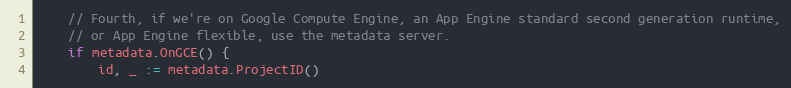
Language: Go
	// Fourth, if we're on Google Compute Engine, an App Engine standard second generation runtime,
	// or App Engine flexible, use the metadata server.
	if metadata.OnGCE() {
		id, _ := metadata.ProjectID()